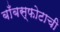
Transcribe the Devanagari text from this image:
बाँबस्फोटाची